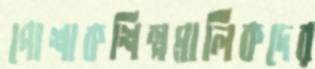
পোশাকশিল্পমালিকদের